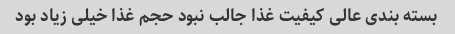
بسته بندی عالی کیفیت غذا جالب نبود حجم غذا خیلی زیاد بود